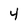
Character: 4